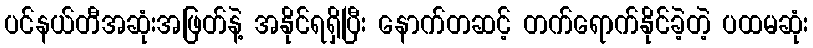
ပင်နယ်တီအဆုံးအဖြတ်နဲ့ အနိုင်ရရှိပြီး နောက်တဆင့် တက်ရောက်နိုင်ခဲ့တဲ့ ပထမဆုံး